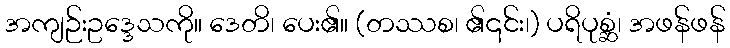
အကျဉ်းဥဒ္ဒေသကို။ ဒေတိ၊ ပေး၏။ (တဿစ၊ ၏၎င်း၊) ပရိပုစ္ဆံ၊ အဖန်ဖန်